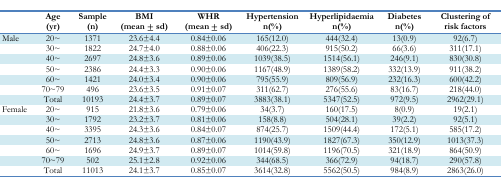
<table><thead><tr><td></td><td><b>Age (yr)</b></td><td><b>Sample (n)</b></td><td><b>BMI (mean ± sd)</b></td><td><b>WHR (mean ± sd)</b></td><td><b>Hypertension n(%)</b></td><td><b>Hyperlipidaemia n(%)</b></td><td><b>Diabetes n(%)</b></td><td><b>Clustering of risk factors</b></td></tr></thead><tbody><tr><td>Male</td><td>20∼</td><td>1371</td><td>23.6±4.4</td><td>0.84±0.06</td><td>165(12.0)</td><td>444(32.4)</td><td>13(0.9)</td><td>92(6.7)</td></tr><tr><td></td><td>30∼</td><td>1822</td><td>24.7±4.0</td><td>0.88±0.06</td><td>406(22.3)</td><td>915(50.2)</td><td>66(3.6)</td><td>311(17.1)</td></tr><tr><td></td><td>40∼</td><td>2697</td><td>24.8±3.6</td><td>0.89±0.06</td><td>1039(38.5)</td><td>1514(56.1)</td><td>246(9.1)</td><td>830(30.8)</td></tr><tr><td></td><td>50∼</td><td>2386</td><td>24.4±3.3</td><td>0.90±0.06</td><td>1167(48.9)</td><td>1389(58.2)</td><td>332(13.9)</td><td>911(38.2)</td></tr><tr><td></td><td>60∼</td><td>1421</td><td>24.0±3.4</td><td>0.90±0.06</td><td>795(55.9)</td><td>809(56.9)</td><td>232(16.3)</td><td>600(42.2)</td></tr><tr><td></td><td>70∼79</td><td>496</td><td>23.6±3.5</td><td>0.91±0.07</td><td>311(62.7)</td><td>276(55.6)</td><td>83(16.7)</td><td>218(44.0)</td></tr><tr><td></td><td>Total</td><td>10193</td><td>24.4±3.7</td><td>0.89±0.07</td><td>3883(38.1)</td><td>5347(52.5)</td><td>972(9.5)</td><td>2962(29.1)</td></tr><tr><td>Female</td><td>20∼</td><td>915</td><td>21.8±3.6</td><td>0.79±0.06</td><td>34(3.7)</td><td>160(17.5)</td><td>8(0.9)</td><td>19(2.1)</td></tr><tr><td></td><td>30∼</td><td>1792</td><td>23.2±3.7</td><td>0.81±0.06</td><td>158(8.8)</td><td>504(28.1)</td><td>39(2.2)</td><td>92(5.1)</td></tr><tr><td></td><td>40∼</td><td>3395</td><td>24.3±3.6</td><td>0.84±0.07</td><td>874(25.7)</td><td>1509(44.4)</td><td>172(5.1)</td><td>585(17.2)</td></tr><tr><td></td><td>50∼</td><td>2713</td><td>24.8±3.6</td><td>0.87±0.06</td><td>1190(43.9)</td><td>1827(67.3)</td><td>350(12.9)</td><td>1013(37.3)</td></tr><tr><td></td><td>60∼</td><td>1696</td><td>24.9±3.7</td><td>0.89±0.07</td><td>1014(59.8)</td><td>1196(70.5)</td><td>321(18.9)</td><td>864(50.9)</td></tr><tr><td></td><td>70∼79</td><td>502</td><td>25.1±2.8</td><td>0.92±0.06</td><td>344(68.5)</td><td>366(72.9)</td><td>94(18.7)</td><td>290(57.8)</td></tr><tr><td></td><td>Total</td><td>11013</td><td>24.1±3.7</td><td>0.85±0.07</td><td>3614(32.8)</td><td>5562(50.5)</td><td>984(8.9)</td><td>2863(26.0)</td></tr></tbody></table>